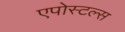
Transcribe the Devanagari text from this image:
एपोस्टल्स